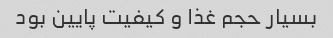
بسیار حجم غذا و کیفیت پایین بود